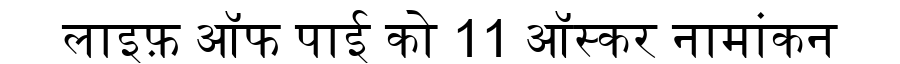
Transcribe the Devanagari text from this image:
लाइफ़ ऑफ पाई को 11 ऑस्कर नामांकन